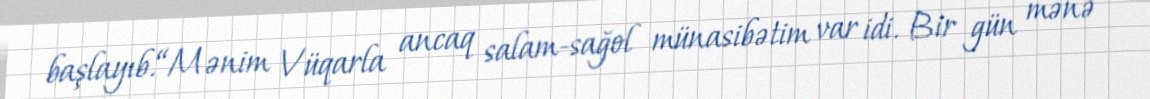
başlayıb.“Mənim Vüqarla ancaq salam-sağol münasibətim var idi. Bir gün mənə